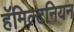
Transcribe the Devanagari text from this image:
हॅमिल्टनियन